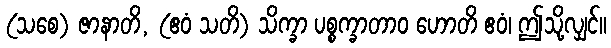
(သစေ) ဇာနာတိ, (ဧဝံ သတိ) သိက္ခာ ပစ္စက္ခာတာဝ ဟောတိ ဧဝံ၊ ဤသို့လျှင်။